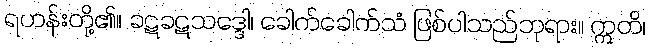
ရဟန်းတို့၏။ ခဋခဋသဒ္ဒေါ၊ ခေါက်ခေါက်သံ ဖြစ်ပါသည်ဘုရား။ ဣတိ၊